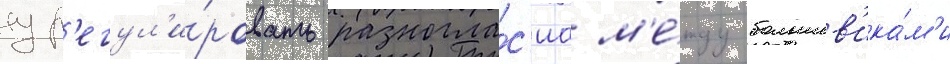
ур'егул'и́ровать разногла́с'иа м'е́жду большев'ика́м'и